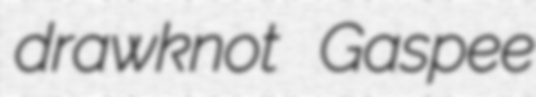
drawknot Gaspee